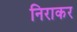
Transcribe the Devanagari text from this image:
निराकर